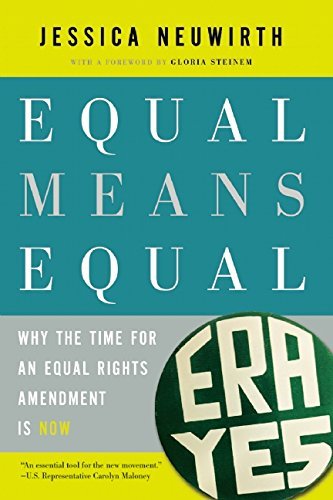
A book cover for Equal Means Equal: Why the Time for an Equal Rights Amendment Is Now; Jessica Neuwirth; Law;